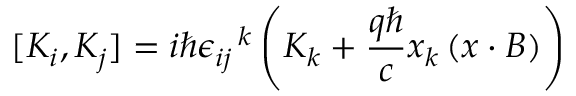
[ K _ { i } , K _ { j } ] = i \hbar { \epsilon _ { i j } } ^ { \, k } \left( K _ { k } + { \frac { q \hbar } { c } } x _ { k } \left( x \cdot B \right) \right)